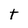
Character: t